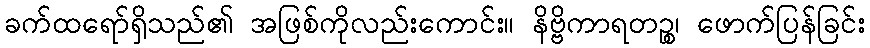
ခက်ထရော်ရှိသည်၏ အဖြစ်ကိုလည်းကောင်း။ နိဗ္ဗိကာရတဉ္စ၊ ဖောက်ပြန်ခြင်း